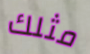
مثلك